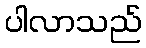
ပါလာသည်